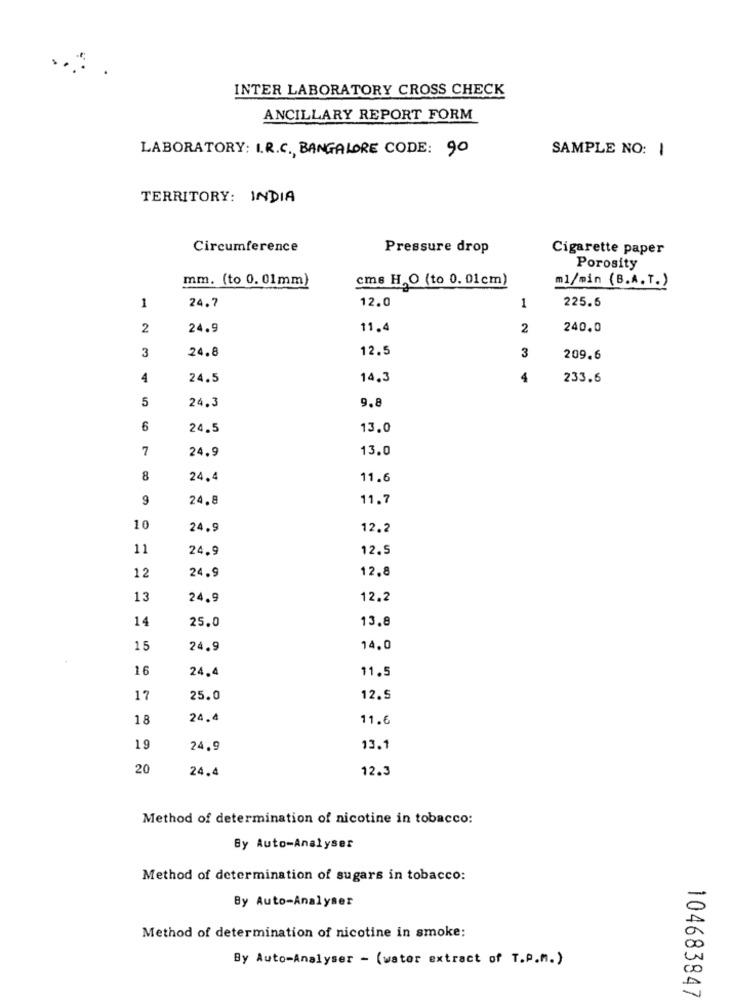
INTER LABORATORY CROSS CHECK
ANCILLARY REPORT FORM
LABORATORY: I.R.C ., BANGALORE CODE: 90
SAMPLE NO: 1
TERRITORY: INDIA
Circumference
Pressure drop
Cigarette paper
Porosity
mm. (to 0. 01mm)
cms H.O (to 0. 01cm)
ml/min (B.A. T.)
1
12.0
1
225.6
24.7
2
24.9
11.4
2
240.0
3
24.8
12.5
3
209.6
4
24.5
14,3
4
233.6
5
24.3
9.8
6
24.5
13.0
7
24.9
13.0
8
24.4
11.6
9
24.8
11.7
10
24.9
12.2
11
24.9
12.5
12
24.9
12.8
13
24.9
12.2
14
25.0
13.8
15
24.9
14.0
16
24.4
11.5
17
25.0
12.5
18
24.4
11.6
19
24,9
13.1
20
24.4
12.3
Method of determination of nicotine in tobacco:
By Auto-Analyser
Method of determination of sugars in tobacco:
By Auto-Analyser
Method of determination of nicotine in smoke:
By Auto-Analyser - (water extract of T.P.m. )
104683847